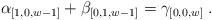
LaTeX: \begin{align*} \alpha_{[1,0,w-1]} + \beta_{[0,1,w-1]} = \gamma_{[0,0,w]}\; . \end{align*}